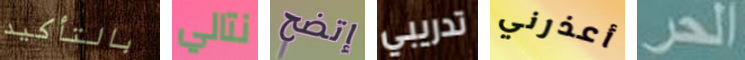
بالتأكيد نتالي إتضح تدريبي أعذرني الحر